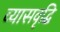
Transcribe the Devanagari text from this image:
व्यासवृद्धि